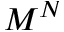
M ^ { N }